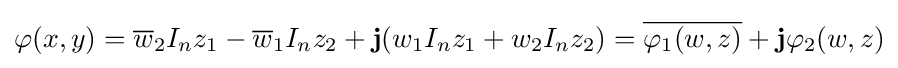
\varphi (x,y)={\overline {w}}_{2}I_{n}z_{1}-{\overline {w}}_{1}I_{n}z_{2}+\mathbf {j} (w_{1}I_{n}z_{1}+w_{2}I_{n}z_{2})={\overline {\varphi _{1}(w,z)}}+\mathbf {j} \varphi _{2}(w,z)